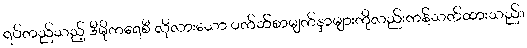
ရပ်တည်သည့် ဒီမိုကရေစီ လိုလားသော ဝက်ဘ်စာမျက်နှာများကိုလည်းကန့်သတ်ထားသည်။